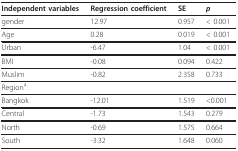
<table><thead><tr><td><b>Independent variables</b></td><td><b>Regression coefficient</b></td><td><b>SE</b></td><td><b><i>p</i></b></td></tr></thead><tbody><tr><td>gender</td><td>12.97</td><td>0.957</td><td>&lt; 0.001</td></tr><tr><td>Age</td><td>0.28</td><td>0.019</td><td>&lt; 0.001</td></tr><tr><td>Urban</td><td>-6.47</td><td>1.04</td><td>&lt; 0.001</td></tr><tr><td>BMI</td><td>-0.08</td><td>0.094</td><td>0.422</td></tr><tr><td>Muslim</td><td>-0.82</td><td>2.358</td><td>0.733</td></tr><tr><td>Region<sup>a</sup>:</td><td></td><td></td><td></td></tr><tr><td>Bangkok</td><td>-12.01</td><td>1.519</td><td>&lt;0.001</td></tr><tr><td>Central</td><td>-1.73</td><td>1.543</td><td>0.279</td></tr><tr><td>North</td><td>-0.69</td><td>1.575</td><td>0.664</td></tr><tr><td>South</td><td>-3.32</td><td>1.648</td><td>0.060</td></tr></tbody></table>